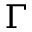
\Gamma